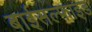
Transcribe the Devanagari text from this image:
बाईसल्फाइड